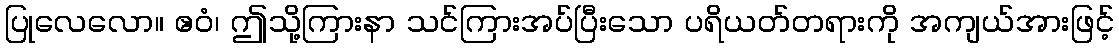
ပြုလေလော။ ဧဝံ၊ ဤသို့ကြားနာ သင်ကြားအပ်ပြီးသော ပရိယတ်တရားကို အကျယ်အားဖြင့်